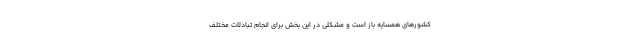
کشور‌های همسایه باز است و مشکلی در این بخش برای انجام تبادلات مختلف